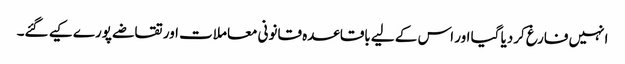
انہیں فارغ کردیا گیا اور اس کے لیے باقاعدہ قانونی معاملات اور تقاضے پورے کیے گئے۔